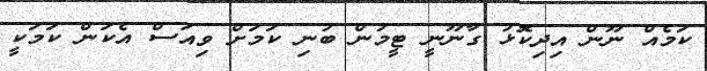
ކަމެއް ނޫން އިދިކޮޅު ގާނޫނީ ޓީމުން ބުނި ކަމަށް ވިއަސް އެކަން ކަމަކީ